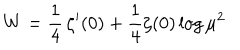
W = \frac { 1 } { 4 } \, \zeta ^ { \prime } ( 0 ) + \frac { 1 } { 4 } \zeta ( 0 ) \log \mu ^ { 2 }